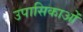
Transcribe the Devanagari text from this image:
उपासिकाओं